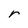
Character: r